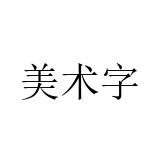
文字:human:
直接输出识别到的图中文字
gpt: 美术字